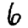
Digit: 6